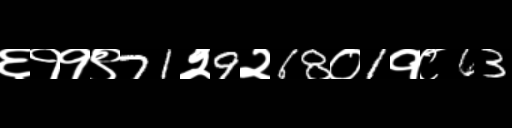
Text: ६११९71२9२68०1१८63